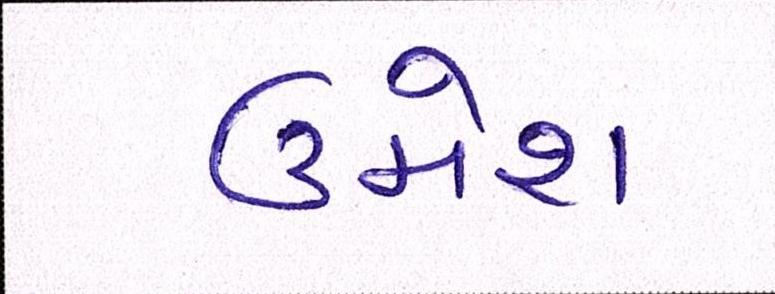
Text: ઉમેશ